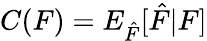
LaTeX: \begin{array}{r}{C(F)=E_{\hat{F}}[\hat{F}|F]}\end{array}